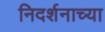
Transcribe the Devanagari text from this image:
निदर्शनाच्या